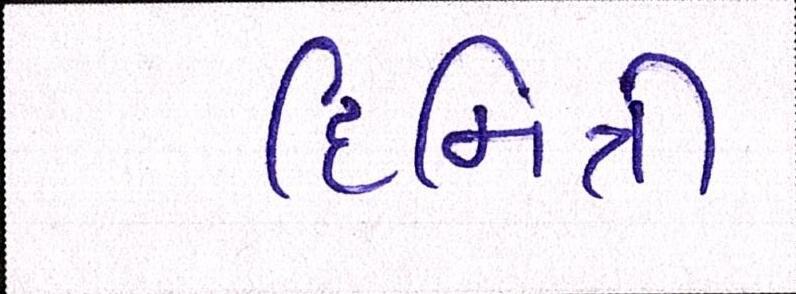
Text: દિમિત્રી